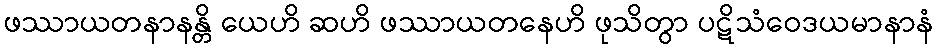
ဖဿာယတနာနန္တိ ယေဟိ ဆဟိ ဖဿာယတနေဟိ ဖုသိတွာ ပဋိသံဝေဒယမာနာနံ